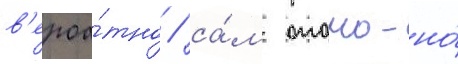
в'ероа́тно / са́м отомо-но́